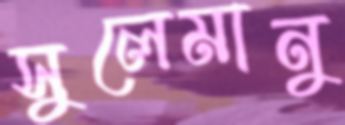
সুলেমানু